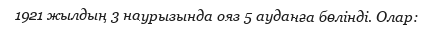
1921 жылдың 3 наурызында ояз 5 ауданға бөлінді. Олар: